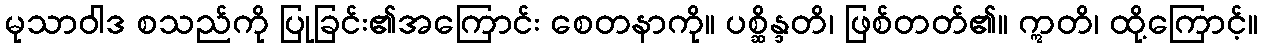
မုသာဝါဒ စသည်ကို ပြုခြင်း၏အကြောင်း စေတနာကို။ ပစ္ဆိန္ဒတိ၊ ဖြစ်တတ်၏။ ဣတိ၊ ထို့ကြောင့်။